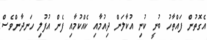
އެގޮތުން ފައްތާހު ބުނީ ކުނި އުކާލަން ދިއުމާއި ކެއްކުމާއި ފެން އުފުލި ހަނދާންވެސް